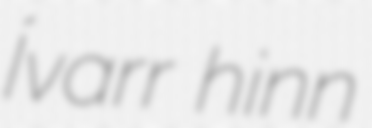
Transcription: Ívarr hinn